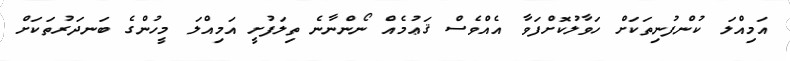
އަމިއްލަ ކުންފުނިތަކަށް ހަވާލުކޮށްފަވާ އެއްވެސް ޤަޢުމެއް ނޯންނާނެ ތިލަފުށީ އަމިއްލަ މީހުންގެ ބަނދަރުތަކަށް